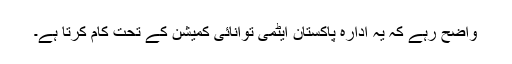
واضح رہے کہ یہ ادارہ پاکستان ایٹمی توانائی کمیشن کے تحت کام کرتا ہے۔